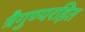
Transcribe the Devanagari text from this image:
त्रैगुण्यरहित